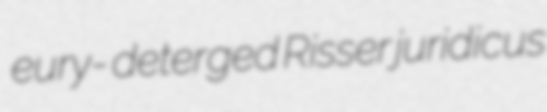
eury- deterged Risser juridicus